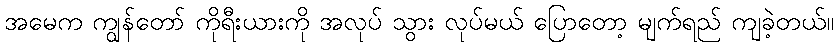
အမေက ကျွန်တော် ကိုရီးယားကို အလုပ် သွား လုပ်မယ် ပြောတော့ မျက်ရည် ကျခဲ့တယ်။